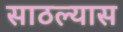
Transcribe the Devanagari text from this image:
साठल्यास